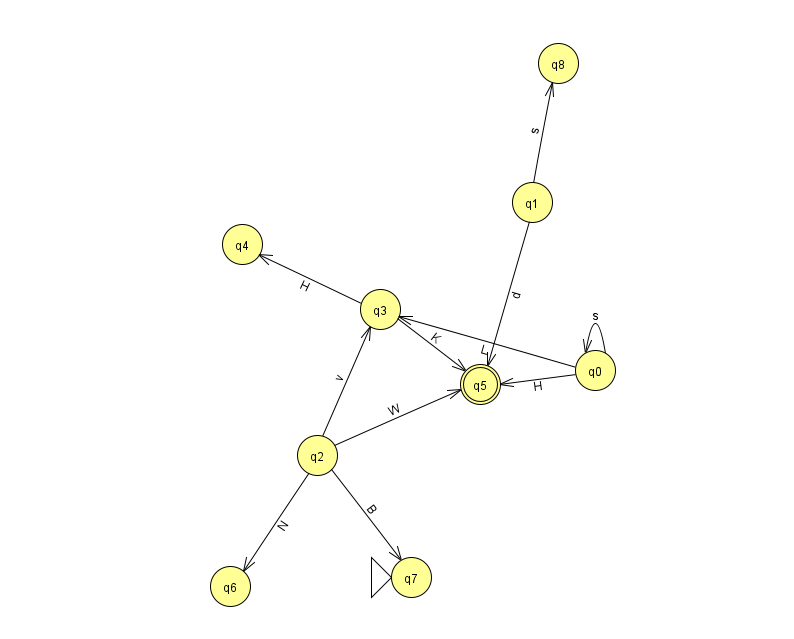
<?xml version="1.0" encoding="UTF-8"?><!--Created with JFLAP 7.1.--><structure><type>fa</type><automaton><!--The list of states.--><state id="0" name="q0"><x>595.0</x><y>357.0</y></state><state id="1" name="q1"><x>532.0</x><y>189.0</y></state><state id="2" name="q2"><x>317.0</x><y>442.0</y></state><state id="3" name="q3"><x>380.0</x><y>296.0</y></state><state id="4" name="q4"><x>242.0</x><y>231.0</y></state><state id="5" name="q5"><x>480.0</x><y>371.0</y><final/></state><state id="6" name="q6"><x>230.0</x><y>573.0</y></state><state id="7" name="q7"><x>411.0</x><y>564.0</y><initial/></state><state id="8" name="q8"><x>558.0</x><y>50.0</y></state><!--The list of transitions.--><transition><from>1</from><to>8</to><read>s</read></transition><transition><from>2</from><to>6</to><read>N</read></transition><transition><from>0</from><to>0</to><read>s</read></transition><transition><from>0</from><to>5</to><read>H</read></transition><transition><from>2</from><to>3</to><read>v</read></transition><transition><from>2</from><to>7</to><read>B</read></transition><transition><from>3</from><to>5</to><read>K</read></transition><transition><from>2</from><to>5</to><read>W</read></transition><transition><from>0</from><to>3</to><read>L</read></transition><transition><from>1</from><to>5</to><read>d</read></transition><transition><from>3</from><to>4</to><read>H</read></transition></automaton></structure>